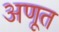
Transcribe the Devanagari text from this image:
अणूत